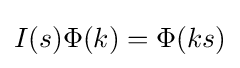
I(s)\Phi (k)=\Phi (ks)